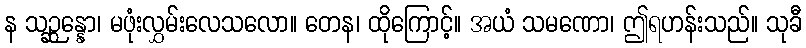
န သဉ္ဆန္နော၊ မဖုံးလွှမ်းလေသလော။ တေန၊ ထိုကြောင့်။ အယံ သမဏော၊ ဤရဟန်းသည်။ သုခီ